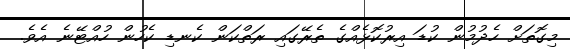
މިގޮތަށް ހެދުމުން ކުޑަ އިރުކޮޅެއްގެ ތެރޭގައި ރަތްކަން ކެނޑި ކެހުން ހުއްޓޭނެ އެވެ.